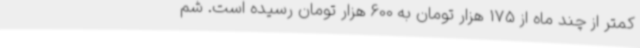
کمتر از چند ماه از 175 هزار تومان به 600 هزار تومان رسیده است. شم